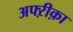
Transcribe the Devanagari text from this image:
अफ्ऱीक़ा